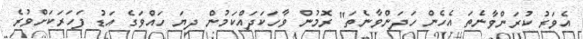
އެވަރު ކުރަންވާނެތަ އެހެން ހަދަންވާނެތަ" ރޮމުން ވާހަކަދައްކަމުން ދިޔަ ހައްވަގެ އަޑު ފަހަރަކަށްވުރެ